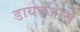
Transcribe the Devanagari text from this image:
डायवर्जेन्स